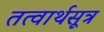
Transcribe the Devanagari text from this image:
तत्वार्थसूत्र